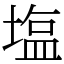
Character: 塩